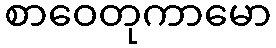
စာဝေတုကာမော